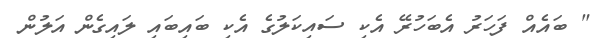
" ބައެއް ފަހަރު އެބަހުރޭ އެކި ސައިކަލުގެ އެކި ބައިބައި ލައިގެން އަލުން